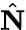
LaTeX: \hat{\mathbf{N}}